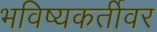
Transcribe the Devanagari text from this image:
भविष्यकर्तीवर